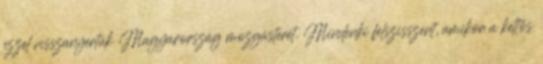
ezzel visszanyertük Magyarország mozgásterét. Mindenki felszisszent, amikor a kettős